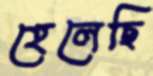
হেলেছি